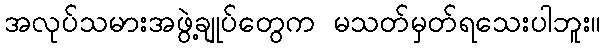
အလုပ်သမားအဖွဲ့ချုပ်တွေက မသတ်မှတ်ရသေးပါဘူး။